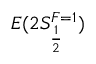
E ( 2 S _ { \frac { 1 } { 2 } } ^ { F = 1 } )